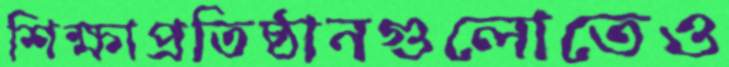
শিক্ষাপ্রতিষ্ঠানগুলোতেও